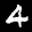
Label: 4